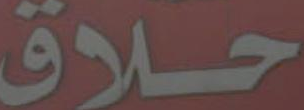
حلاق